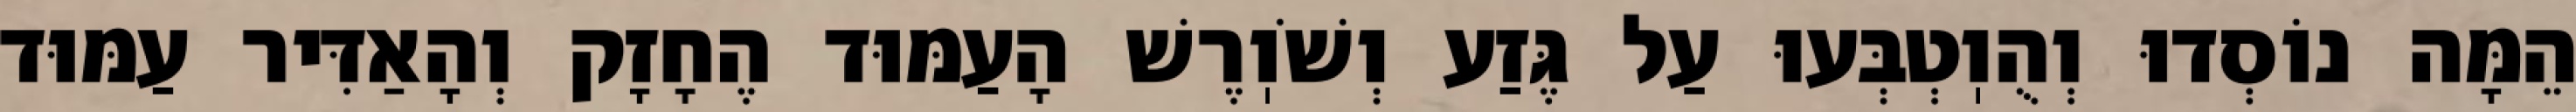
הֵמָּה נוֹסְדוּ וְהֻוֽטְבְּעוּ עַל גֶּזַע וְשֹׁוֽרֶשׁ הָעַמּוּד הֶחָזָק וְהָאַדִּיר עַמּוּד